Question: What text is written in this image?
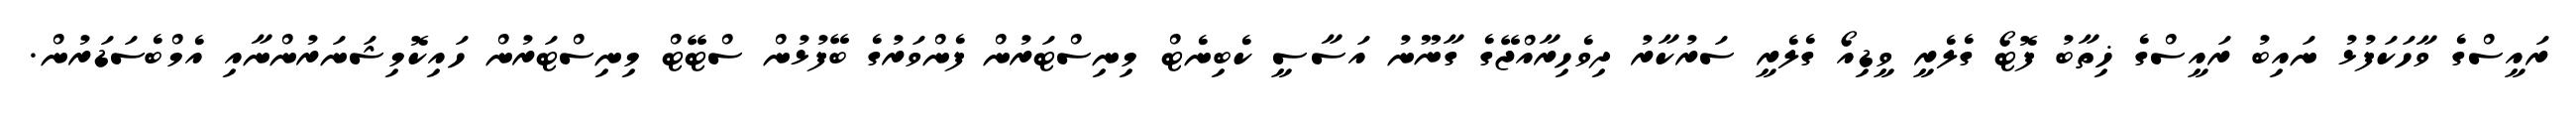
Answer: ރައީސްގެ ވާހަކަފުޅު ނައިބު ރައީސްގެ ޚިތާބު ފޮޓޯ ގެލެރީ ވީޑިއޯ ގެލެރީ ސަރުކާރު ދިވެހިރާއްޖޭގެ ގާނޫނު އަސާސީ ކެބިނެޓް މިނިސްޓަރުން ފެންވަރުގެ ބޭފުޅުން ސްޓޭޓް މިނިސްޓަރުން ހައިކޮމިޝަނަރުންނާއި އެމްބެސަޑަރުން.